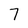
Character: 7